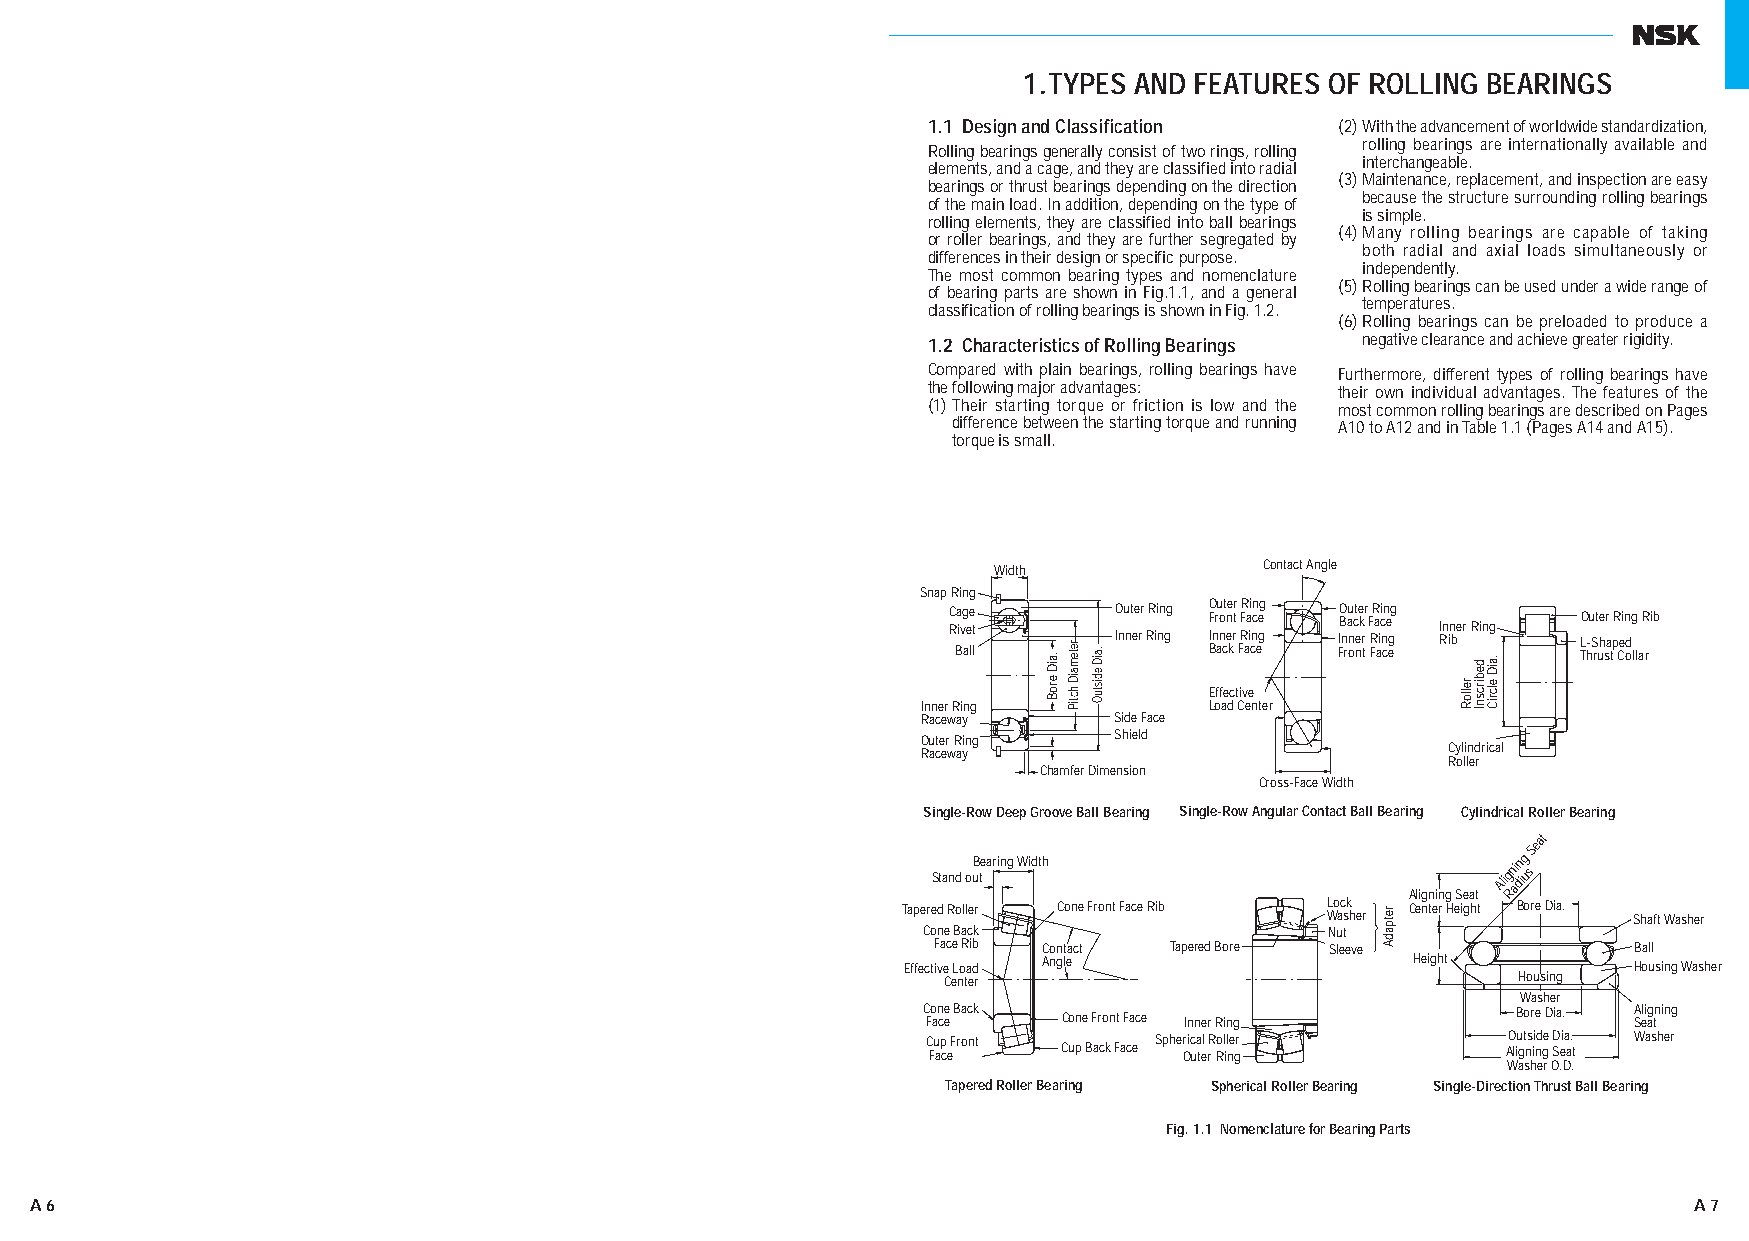
1.TYPES AND FEATURES OF ROLLING BEARINGS
 1.1 Design and Classification (2) With the advancement of worldwide standardization,
 rolling bearings are internationally available and
 Rolling bearings generally consist of two rings, rolling
 interchangeable.
 elements, and a cage, and they are classified into radial
 (3) Maintenance, replacement, and inspection are easy
 bearings or thrust bearings depending on the direction
 because the structure surrounding rolling bearings
 of the main load. In addition, depending on the type of
 is simple.
 rolling elements, they are classified into ball bearings
 (4) Many rolling bearings are capable of taking
 or roller bearings, and they are further segregated by
 both radial and axial loads simultaneously or
 differences in their design or specific purpose.
 independently.
 The most common bearing types and nomenclature
 (5) Rolling bearings can be used under a wide range of
 of bearing parts are shown in Fig.1.1, and a general
 temperatures.
 classification of rolling bearings is shown in Fig. 1.2.
 (6) Rolling bearings can be preloaded to produce a
 1.2 Characteristics of Rolling Bearings negative clearance and achieve greater rigidity.
 Compared with plain bearings, rolling bearings have Furthermore, different types of rolling bearings have
 the following major advantages: their own individual advantages. The features of the
 (1) Their starting torque or friction is low and the most common rolling bearings are described on Pages
 difference between the starting torque and running A10 to A12 and in Table 1.1 (Pages A14 and A15).
 torque is small.
 Contact Angle
 Width
 Snap Ring
 RCa ivg ee t O Inu nt ee rr RR ii nn gg IO F nru o nt n ee rtr F RR a ii ncn e gg IO B nau nct ee k rr F RR a ici nn e gg I Rn in ber Ring LO -u St her
 a
 pR ei dng Rib
 Ball             Back Face Front Face     Thrust Collar
 Effective
 Inner Ring         Load Center
 Raceway      Side Face
 Outer Ring   Shield
 Raceway                            Cylindrical
 Roller
 Chamfer Dimension
 Cross-Face Width
 Single-Row Deep Groove Ball Bearing Single-Row Angular Contact Ball Bearing Cylindrical Roller Bearing
 Stand ouB tearing Width
 Aligning Seat
 Alig Rn ai dn ig u
 sSeat
 Tapered Roller Cone Front Face Rib L Wo ac sk her Center Height Bore Dia. Shaft Washer
 Cone Back                  Nut
 Face Rib Contact Tapered Bore Sleeve          Ball
 Effective Load Angle              Height        Housing Washer
 Center                                Housing
 Washer
 C Fo an ce e Back Cone Front Face Inner Ring Bore Dia. A Sl ei ag tning
 C Fu ap c eFront Cup Back Face Spher Oic ua tel rR Rol il ne gr AO liu gt ns ii nd ge D Seia a. t Washer
 Washer O.D.
 Tapered Roller Bearing Spherical Roller Bearing Single-Direction Thrust Ball Bearing
 Fig. 1.1 Nomenclature for Bearing Parts
 A 6                                                                                                           A 7
 AA000077--002233EE..iinndddd 66--77                                                                      1111//2200//1133 44::4499::2255 PPMM
 .aiD
 eroB
 retemaiD
 hctiP
 .aiD
 edistuO
 retpadA
 relloR
 debircsnI .aiD
 elcriC